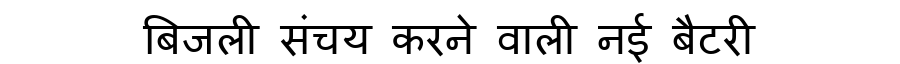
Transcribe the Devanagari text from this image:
बिजली संचय करने वाली नई बैटरी